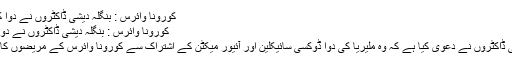
کورونا وائرس : بنگلہ دیشی ڈاکٹروں نے دوا کا نیا فارمولا بتادیا -
کورونا وائرس : بنگلہ دیشی ڈاکٹروں نے دوا کا نیا فارمولا بتادیا
نئی دہلی : بنگلہ دیشی ڈاکٹروں نے دعوی کیا ہے کہ وہ ملیریا کی دوا ڈوکسی سائیکلین اور آئیور میکٹن کے اشتراک سے کورونا وائرس کے مریضوں کا علاج کرسکتے ہیں۔